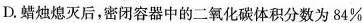
D.蜡烛熄灭后，密闭容器中的二氧化碳体积分数为84%